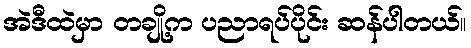
အဲဒီထဲမှာ တချို့က ပညာရပ်ပိုင်း ဆန်ပါတယ်။